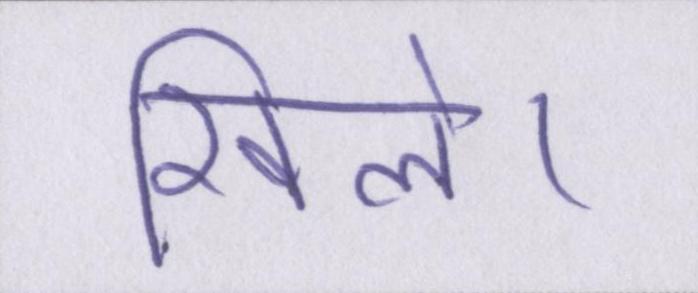
खिले।